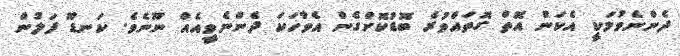
ދެންނެވުމަކީ އެކަން އޮތް ގޮތައްވުރެ ބޮޑުކޮށްގެން އެވާހަކަ ދެންނެވީއެއް ނޫނެވެ. ކަނޑޫ ފަލުން